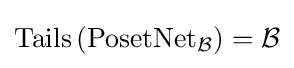
\operatorname {Tails} \left(\operatorname {PosetNet} _{\mathcal {B}}\right)={\mathcal {B}}